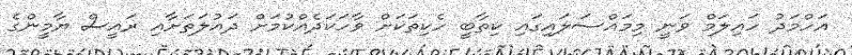
އަހްމަދު ހައިލަމް ވަނީ މިމައްސަލައިގައި ކިތާބީ ހެކިތަކަށް ވާހަކަދެއްކުމަށް ދައުލަތަށާއި ރައީސް ޔާމީންގެ